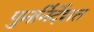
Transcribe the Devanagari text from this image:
पुनर्निर्देशत